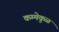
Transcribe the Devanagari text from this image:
कम्मेकुळ